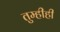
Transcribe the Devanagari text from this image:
तुम्हीही